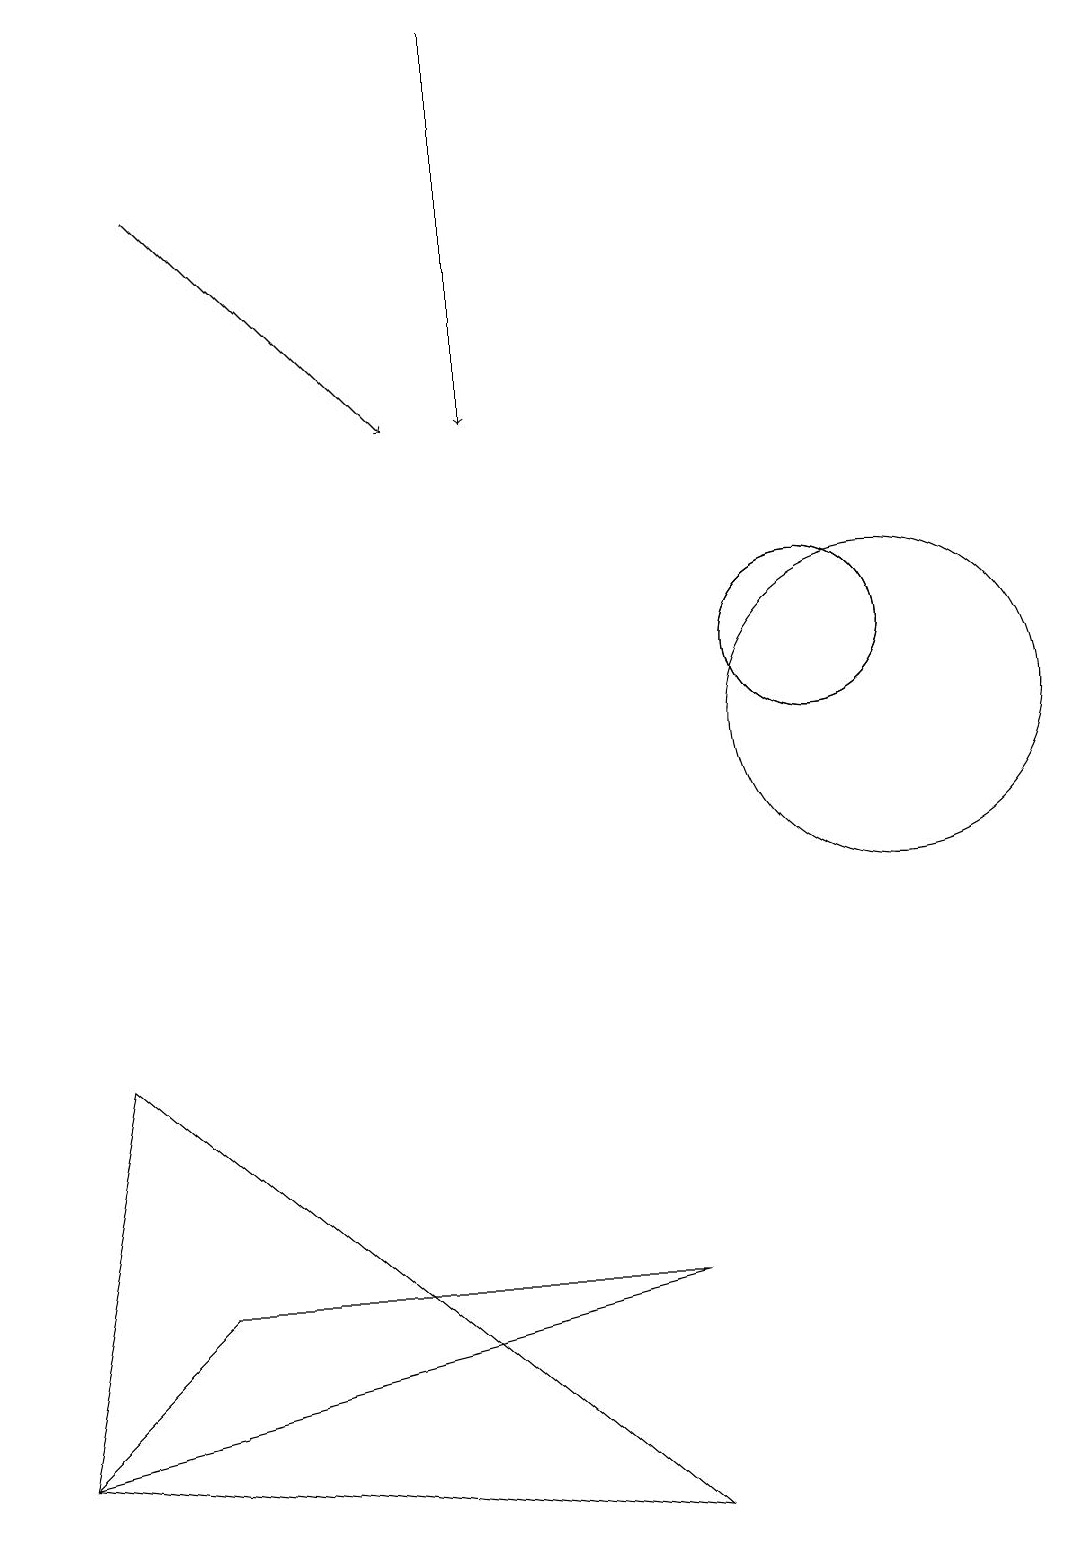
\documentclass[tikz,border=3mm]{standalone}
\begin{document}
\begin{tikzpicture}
\draw[->] (6,19) -- (6,14);
\draw (11,10) circle (2);
\draw (0,1) -- (8,0) -- (1,6) -- cycle;
\draw (10,11) circle (1);
\draw (8,3) -- (2,3) -- (0,1) -- cycle;
\draw[->] (2,17) -- (5,14);
\draw (10,11) circle (1);
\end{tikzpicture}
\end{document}